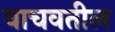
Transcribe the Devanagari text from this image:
वाचवतील